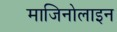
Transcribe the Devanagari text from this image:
माजिनोलाइन